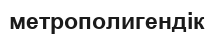
метрополигендік